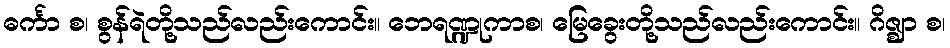
ဓင်္ကာ စ၊ စွန်ရဲတို့သည်လည်းကောင်း။ ဘေရဏ္ဍုကာစ၊ မြေခွေးတို့သည်လည်းကောင်း။ ဂိဇ္ဈာ စ၊